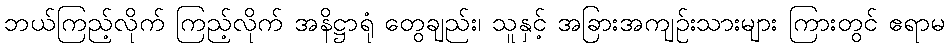
ဘယ်ကြည့်လိုက် ကြည့်လိုက် အနိဋ္ဌာရုံ တွေချည်း၊ သူနှင့် အခြားအကျဉ်းသားများ ကြားတွင် ဧရာမ